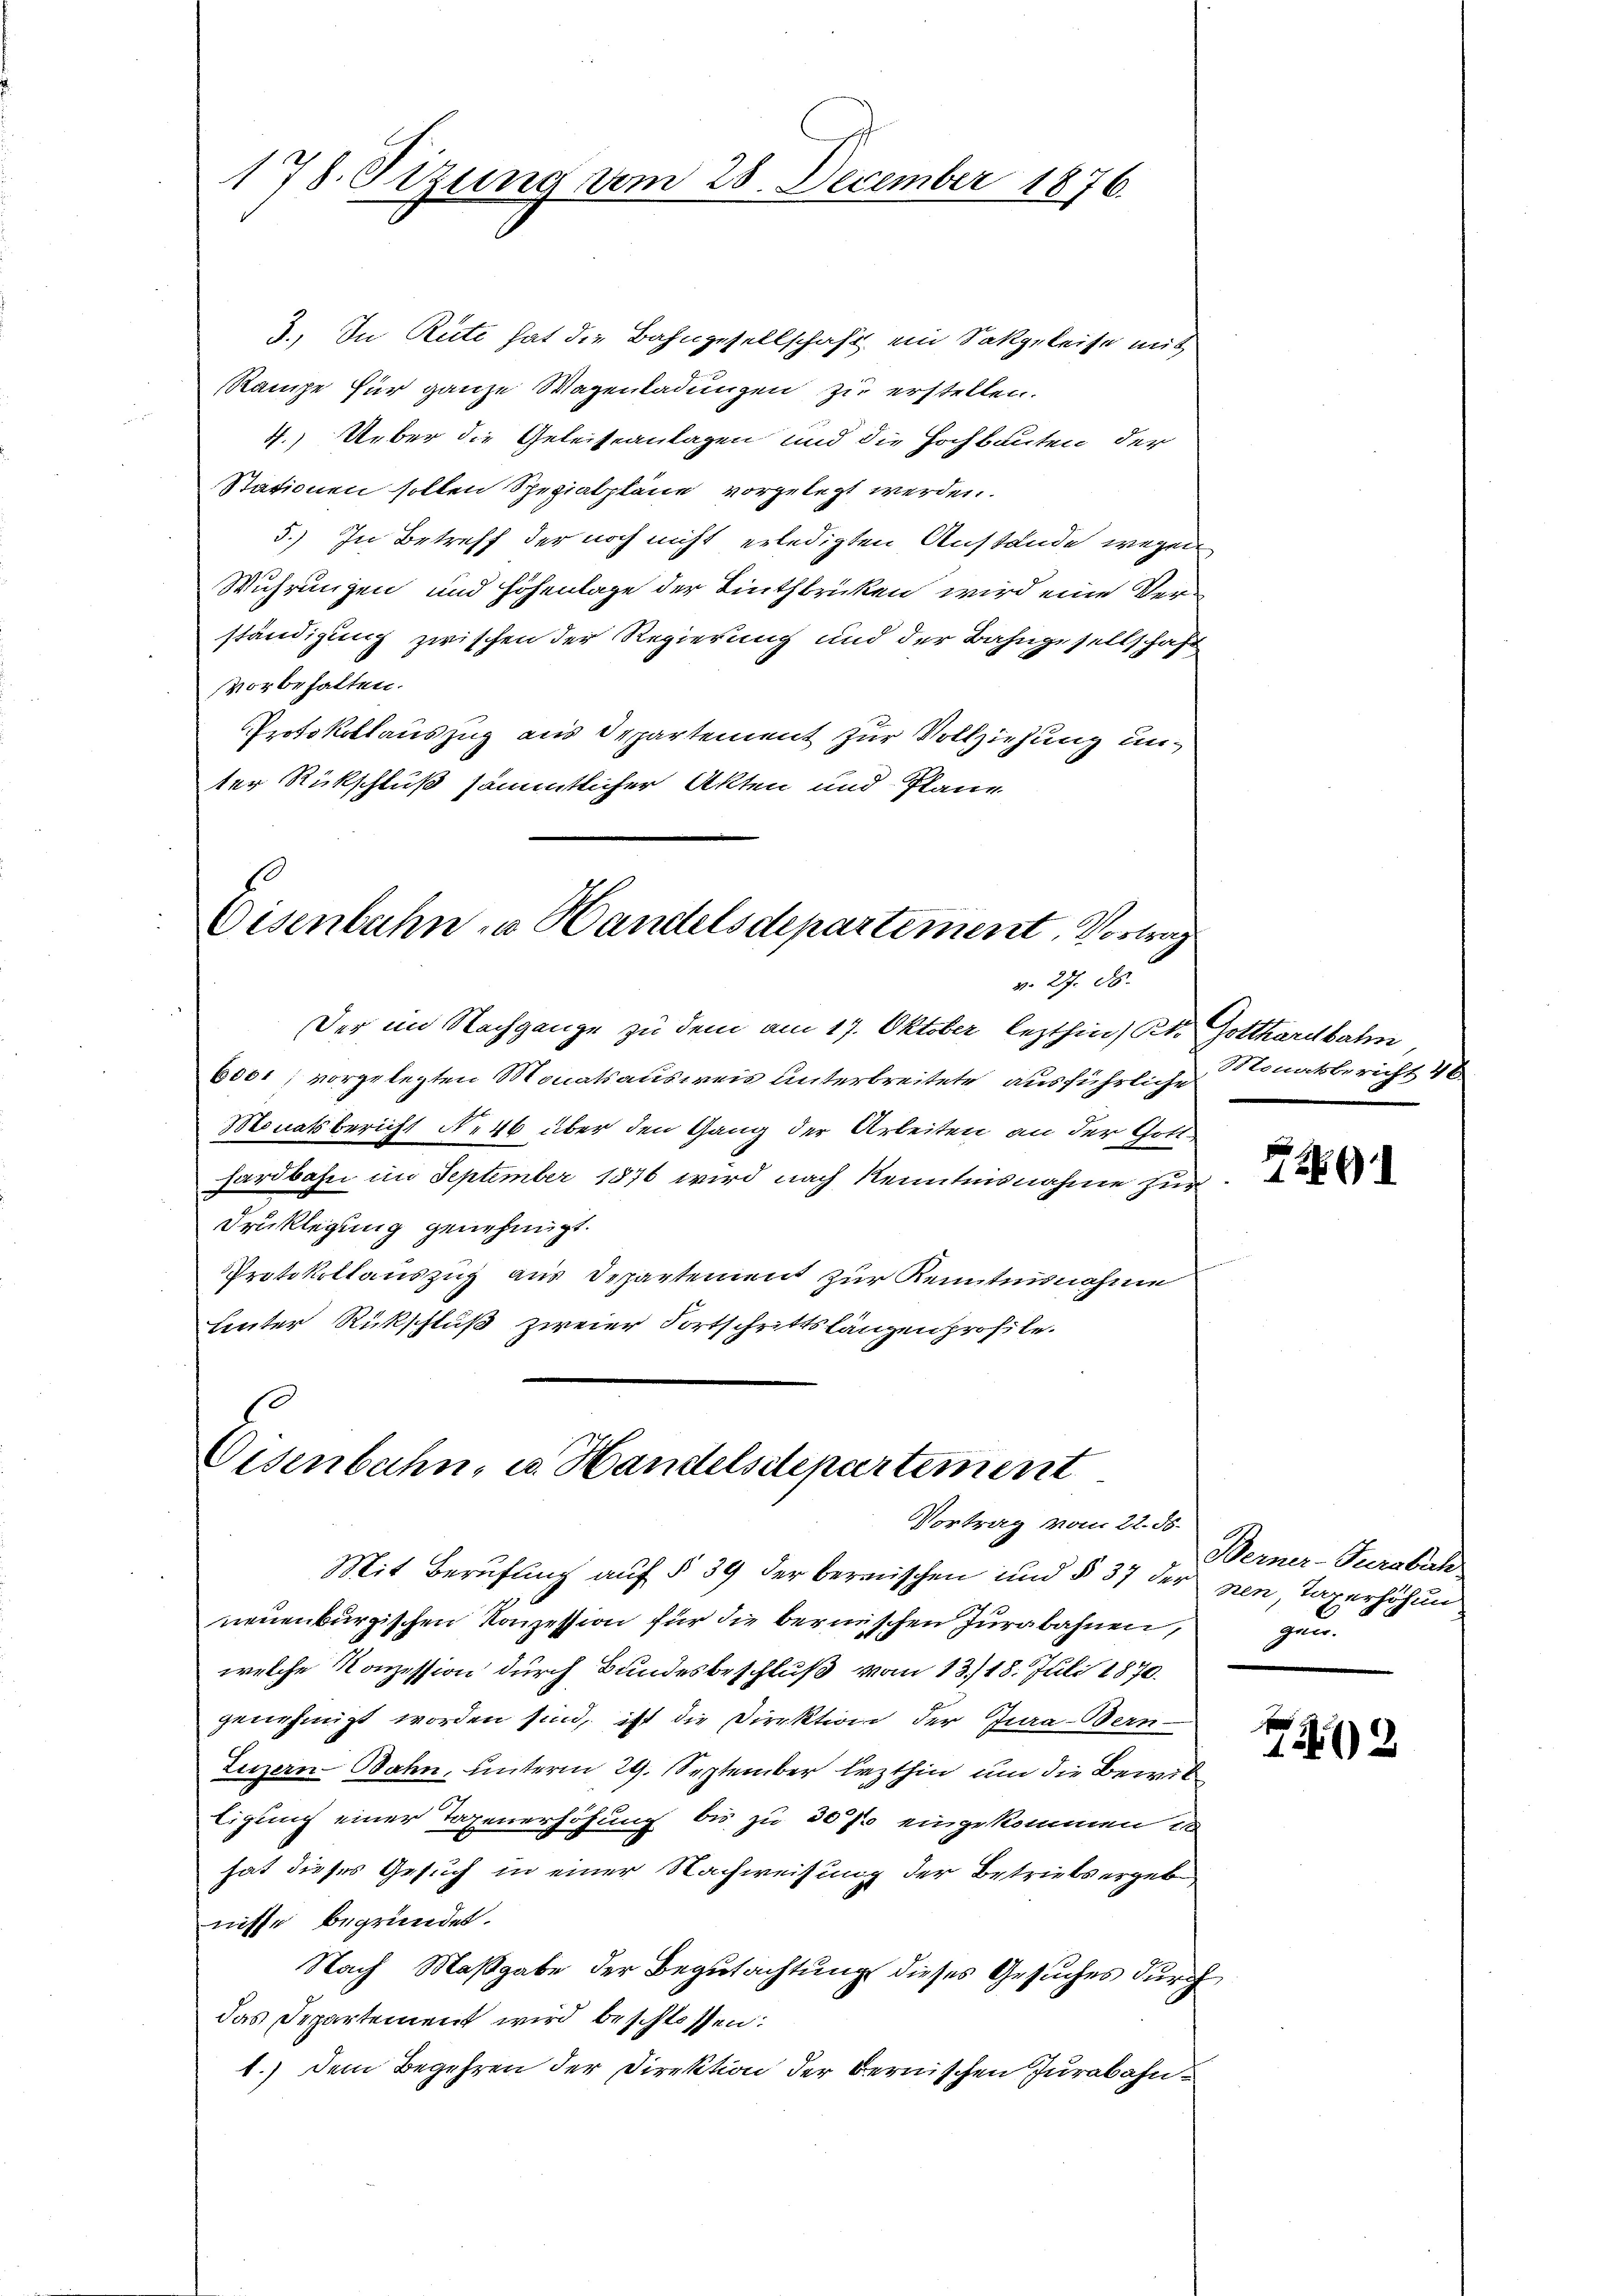
178. Sitzung vom 28. December 1876.

8., In Rüti hat die Bahngesellschaft ein Sakzeleise mit
RRampe für ganze Wagenladungen zu erstellen.
4.) Ueber die Geleiseanlagen und die Hochbauten der
Stationen sollen Spezialpläne vorgelegt werden.
5.) In Betreff der noch nicht erledigten Anstände wegen
Wuhrungen und Höhenlage der Linthbrücken wird eine Verständigung zwischen der Regierung und der Bahngesellschaft
vorbehalten.
Protokollauszug aus Departement zur Vollziehung unter Rückschluß sämmtlicher Akten und Plane

Eisenbahn zu Handelsdepartement, Vortrag
v. 27. ds.

Der im Nachgange zu dem am 17. Oktober lezthin, St. Gotthardbahn
600' vorgelegten Monatsausweis unterbreitete ausführliche Monatsbericht 40
Monatsbericht N. 46 über den Gang der Arbeiten an der Gott-
hardbahn im September 1876 wird nach Kenntnisnahme zur
Druklegung genehmigt.
Protokollauszug aus Departement zur Kenntnisnahme
Lnter Rückschluß zweier Fortschrittslängen profile.

Eisenbahn, es Handelsdepartement
Vortrag vom 22. ds.

Mit Berufung auf § 39 der berenischen und § 37 der nen, Tagerhöhun
neuenburgischen Konzession für die berischen Jurabahnen,
welche Konzession durch Bundesbeschluß vom 13./18. Juli 1870.
genehmigt worden sind, ist die Direktion der Jura-Bern-
Luzern Bahn, unterm 29. September lezthin um die Bewil
tigung einer Taxenerhöhung bis zu 307 eingekommen in
hat dieses Gesuch in einer Nachweisung der Betriebsergeb
nisse begründet.
Nach Maßgabe der Begutachtung dieses Gesuches durch
das Departement wird beschlossen:
1.) Dem Begehren der Direktion der Bernischen Jurabahn¬

7261

Berner-Purabsch
gen.

2